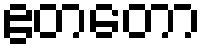
ဧတတော